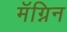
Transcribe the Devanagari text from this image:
मॅग्निन